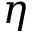
\eta